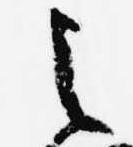
之